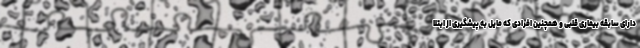
دارای سابقه بیماری قلبی و همچنین افرادی که مایل به پیشگیری از ابتلا